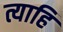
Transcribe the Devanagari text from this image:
त्याहि